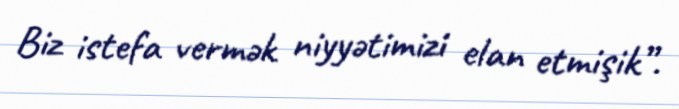
Biz istefa vermək niyyətimizi elan etmişik”.